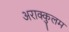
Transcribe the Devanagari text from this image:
अराक्कुलम